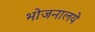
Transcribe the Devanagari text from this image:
भोजनालये